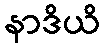
နာဒိယိ